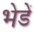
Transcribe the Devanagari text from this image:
भेडें